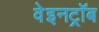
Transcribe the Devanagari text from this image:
वेइनट्रॉब